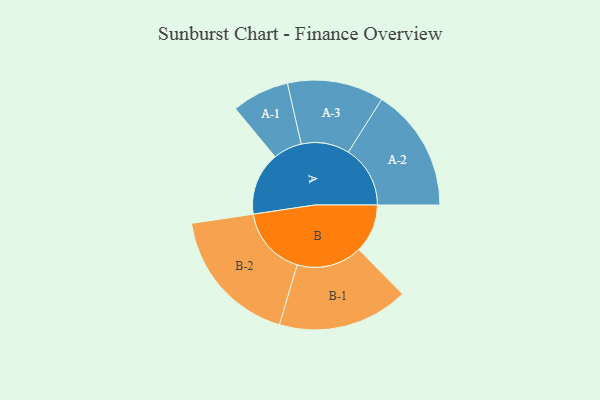
{"axis": {"x": "Segment", "y": "Value"}, "legend": ["", "A", "B"], "data": [{"x": "A", "y": 268, "type": ""}, {"x": "B", "y": 207, "type": ""}, {"x": "A-1", "y": 122, "type": "A"}, {"x": "A-2", "y": 263, "type": "A"}, {"x": "A-3", "y": 205, "type": "A"}, {"x": "B-1", "y": 278, "type": "B"}, {"x": "B-2", "y": 296, "type": "B"}]}